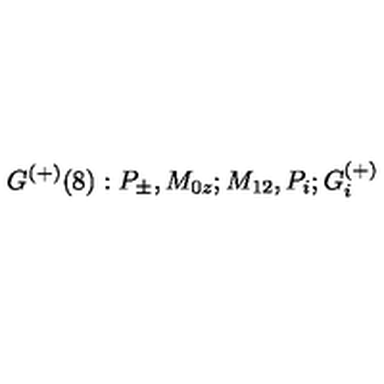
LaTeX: \, G ^ { ( + ) } ( 8 ) : P _ { \pm } , M _ { 0 z } ; M _ { 1 2 } , P _ { i } ; G _ { i } ^ { ( + ) }